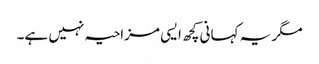
مگر یہ کہانی کچھ ایسی مزاحیہ نہیں ہے۔